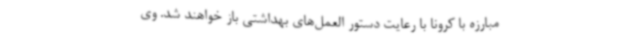
مبارزه با کرونا با رعایت دستور العمل‌های بهداشتی باز خواهند شد. وی